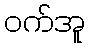
ဝက်အူ